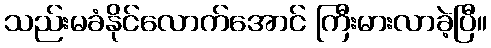
သည်းမခံနိုင်လောက်အောင် ကြီးမားလာခဲ့ပြီ။